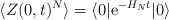
\begin{align*}\langle Z(0,t)^N \rangle = \langle 0|\mathrm{e}^{-H_N t}|0\rangle\end{align*}